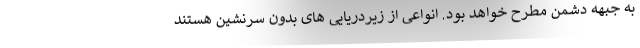
به جبهه دشمن مطرح خواهد بود. انواعی از زیردریایی های بدون سرنشین هستند